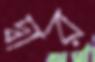
দ্বার